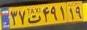
۳۷ت۴۹۱۱۹